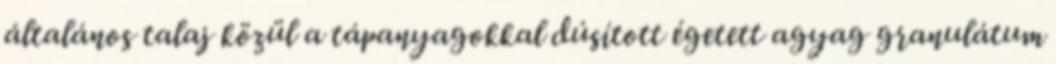
általános talaj közül a tápanyagokkal dúsított égetett agyag granulátum